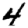
Digit: 4